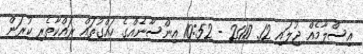
އިސްލާމެއް ޖުލައި 12